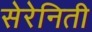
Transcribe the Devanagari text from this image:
सेरेनिती